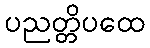
ပညတ္တိပထေ